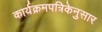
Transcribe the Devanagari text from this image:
कार्यक्रमपत्रिकेनुसार